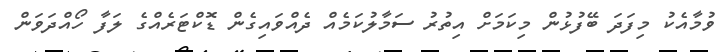
ވުމާއެކު މިފަދަ ބޭފުޅުން މިކަމަށް އިތުރު ސަމާލުކަމެއް ދެއްވައިގެން ޑޮކްޓަރެއްގެ ލަފާ ހޯއްދަވަން